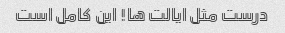
درست مثل ایالت ها! این کامل است